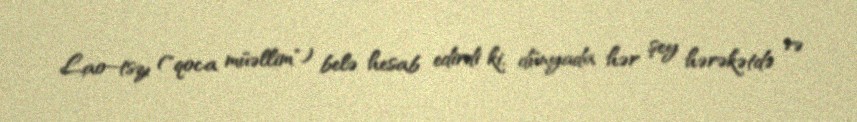
Lao–tszı ("qoca müəllim") belə hesab edirdi ki, dünyada hər şey hərəkətdə və